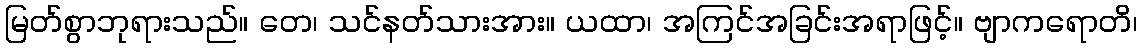
မြတ်စွာဘုရားသည်။ တေ၊ သင်နတ်သားအား။ ယထာ၊ အကြင်အခြင်းအရာဖြင့်။ ဗျာကရောတိ၊